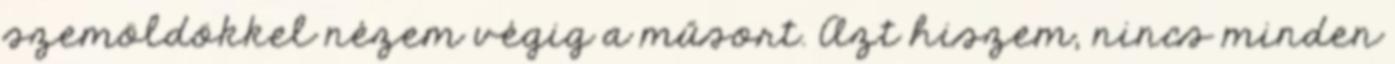
szemöldökkel nézem végig a műsort. Azt hiszem, nincs minden